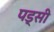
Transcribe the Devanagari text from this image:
पड्सी